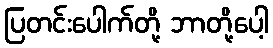
ပြတင်းပေါက်တို့ ဘာတို့ပေါ့